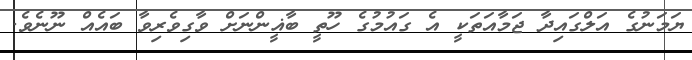
ޔަމަނުގެ އަލްގައިދާ ޖަމާއަތަކީ އެ ގައުމުގެ ހޫތީ ބާޣީންނަށް ވާގިވެރިވާ ބައެއް ނޫނެވެ.